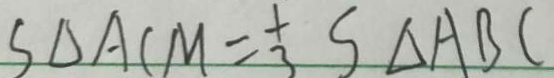
S _ { \Delta A C M } = \frac { 1 } { 3 } S _ { \Delta A B C }